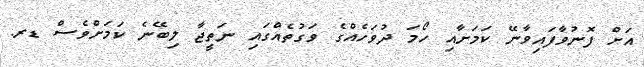
އަށް ފޮނުވާފައިވާނޭ ކަމަށާއި ހޯމަ ދުވަހެއްގެ ވަގުތެއްގައި ނަތީޖާ ލިބޭނެ ކަމަށްވެސް ޑރ.